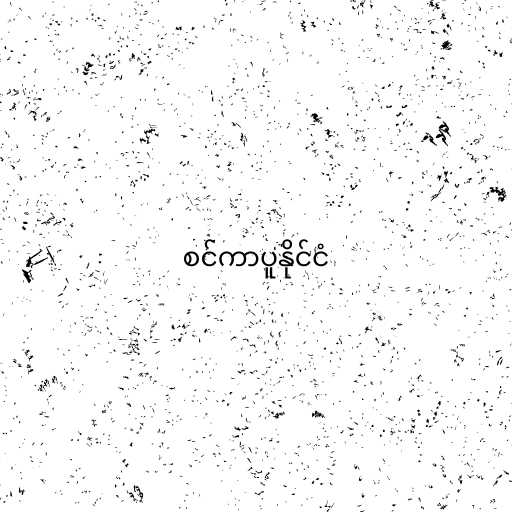
စင်ကာပူနိုင်ငံ